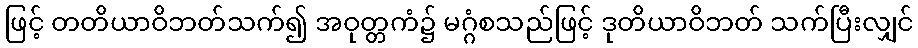
ဖြင့် တတိယာဝိဘတ်သက်၍ အဝုတ္တကံ၌ မဂ္ဂံစသည်ဖြင့် ဒုတိယာဝိဘတ် သက်ပြီးလျှင်